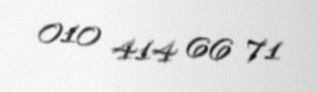
010 414 66 71